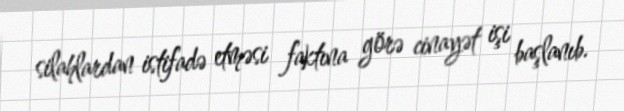
silahlardan istifadə etməsi faktına görə cinayət işi başlanıb.